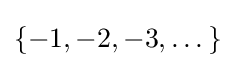
\{-1,-2,-3,\dots \}